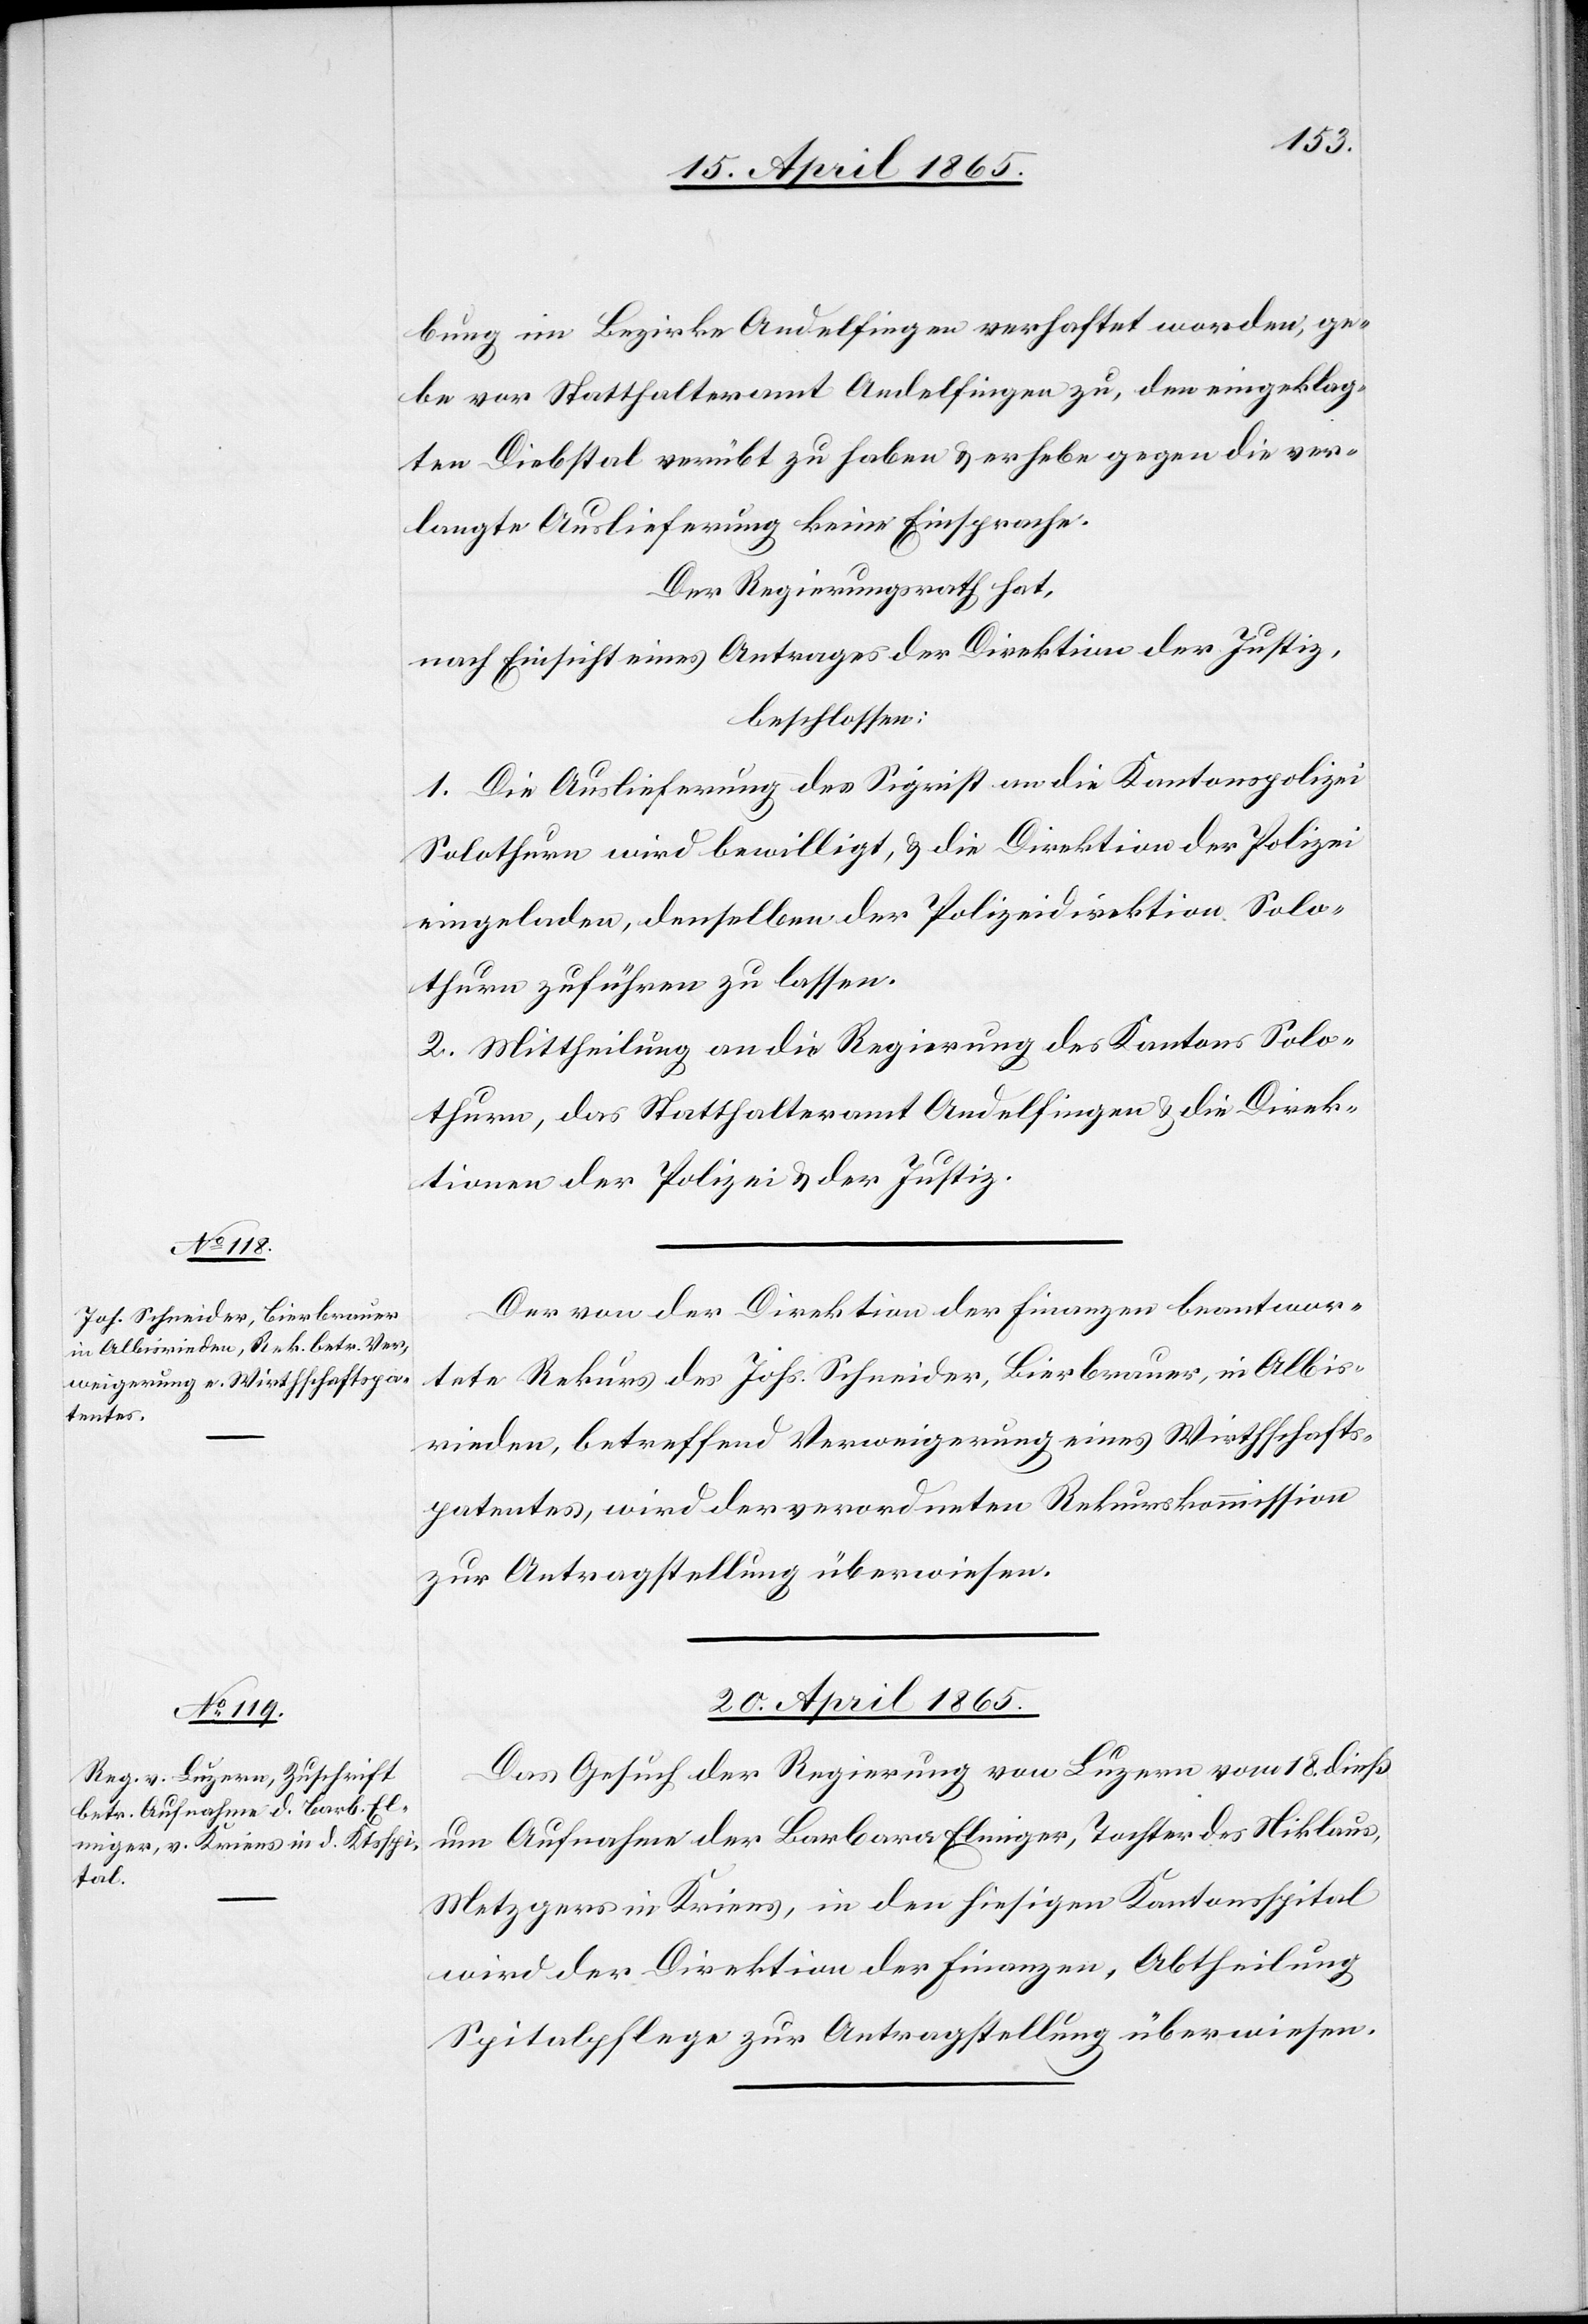
18. April 1865.]
bung im Bezirke Andelfingen verhaftet worden, ge¬
be vor Statthalteramt Andelfingen zu, den eingeklag¬
ten Diebstal verübt zu haben & erhebe gegen die ver¬
langte Auslieferung keine Einsprache.
Der Regierungsrath hat,
nach Einsicht eines Antrages der Direktion der Justiz,
beschlossen:
1. Die Auslieferung des Sigrist an die Kantonspolizei
Solothurn wird bewilligt, & die Direktion der Polizei
eingeladen, denselben der Polizeidirektion Solo¬
thurn zuführen zu lassen.
2. Mittheilung an die Regierung des Kantons Solo¬
thurn, das Statthalteramt Andelfingen & die Direk¬
tionen der Polizei & der Justiz.
Der von der Direktion der Finanzen beantwor¬
tete Rekurs des Johs. Schneider, Bierbrauer, in Albis¬
rieden, betreffend Verweigerung eines Wirthschafts¬
patentes, wird der verordneten Rekurskommission
zur Antragstellung überwiesen.
20. April 1865.
Das Gesuch der Regierung von Luzern vom 18. dieß
um Aufnahme der Barbara Elmiger, Tochter des Niklaus,
Metzgers in Kriens, in den hiesigen Kantonsspital
wird der Direktion der Finanzen, Abtheilung
Spitalpflege zur Antragstellung überwiesen.